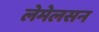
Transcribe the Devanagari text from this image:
लेमेलसन